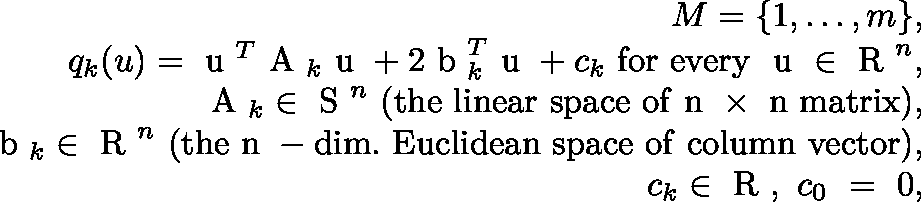
\begin{array} { r l r } & { } & { M = \{ 1 , \ldots , m \} , } \\ & { } & { q _ { k } ( u ) = \mathrm { \boldmath ~ u ~ } ^ { T } \mathrm { \boldmath ~ A ~ } _ { k } \mathrm { \boldmath ~ u ~ } + 2 \mathrm { \boldmath ~ b ~ } _ { k } ^ { T } \mathrm { \boldmath ~ u ~ } + c _ { k } \ \mathrm { f o r ~ e v e r y ~ } \mathrm { \boldmath ~ u ~ } \in \mathrm { ~ \mathbb { R } ~ } ^ { n } , } \\ & { } & { \mathrm { \boldmath ~ A ~ } _ { k } \in \mathrm { ~ \mathbb { S } ~ } ^ { n } \ \mathrm { ( t h e ~ l i n e a r ~ s p a c e ~ o f ~ n ~ \times ~ n ~ m a t r i x ) } , } \\ & { } & { \mathrm { \boldmath ~ b ~ } _ { k } \in \mathrm { ~ \mathbb { R } ~ } ^ { n } \ \mathrm { ( t h e ~ n ~ - d i m . ~ E u c l i d e a n ~ s p a c e ~ o f ~ c o l u m n ~ v e c t o r ) } , } \\ & { } & { c _ { k } \in \mathrm { ~ \mathbb { R } ~ } , \ c _ { 0 } \ = \ 0 , } \end{array}